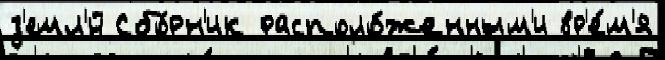
з'емл'́й Сбо́рн'ик располо́женным'и вр'е́м'я